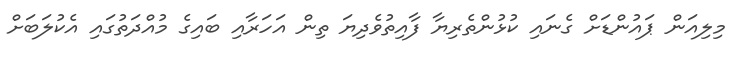
މިލިއަން ޕައުންޑަށް ގެނައި ކުޅުންތެރިޔާ ފާއިތުވެދިޔަ ތިން އަހަރާއި ބައިގެ މުއްދަތުގައި އެކުލަބަށް